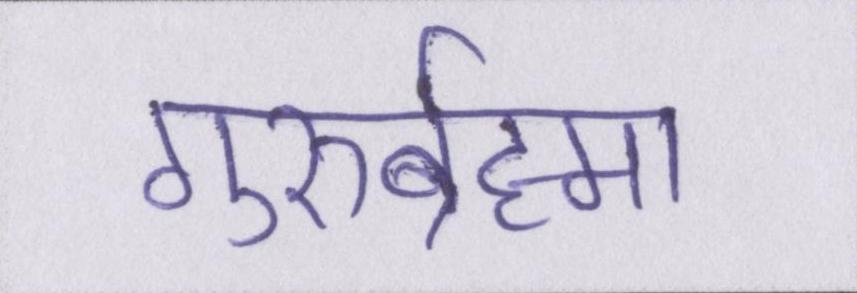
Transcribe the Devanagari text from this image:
गुरुर्ब्रह्मा